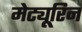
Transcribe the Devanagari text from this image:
मेट्यूरिन